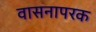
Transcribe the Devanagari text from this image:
वासनापरक